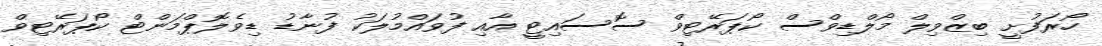
ހޯރަފުށީ ބިޒްވިލް މޯލްޑިވްސް ކޯޕަރޭޓިވް ސޮސައިޓީ އާއި ފުވައްމުލަކު ފުނާޑު ޑިވެލޮޕްމަންޓް ކޯޕަރޭޓިވް